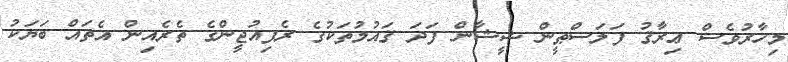
މިހާރުވެސް ޢިރާޤު ފަލަސްޠީން ޝީޝާން ފަދަ ޤައުމުތަކުގެ ރެފިއުޖީންގެ ތެރެއިން އެތައް ބަޔަކު